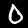
Digit: 0